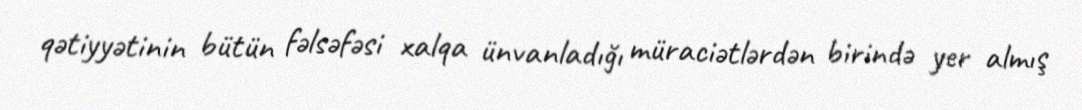
qətiyyətinin bütün fəlsəfəsi xalqa ünvanladığı müraciətlərdən birində yer almış